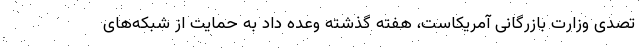
تصدی وزارت بازرگانی آمریکاست، هفته گذشته وعده داد به حمایت از شبکه‌های